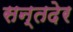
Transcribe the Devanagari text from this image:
सन्तदेर